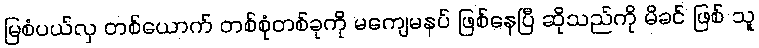
မြစံပယ်လှ တစ်ယောက် တစ်စုံတစ်ခုကို မကျေမနပ် ဖြစ်နေပြီ ဆိုသည်ကို မိခင် ဖြစ် သူ